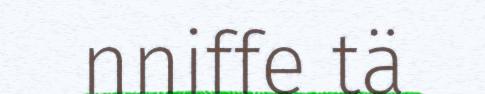
nniffe tä